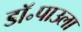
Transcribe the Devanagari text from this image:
डॉ॰पाउला